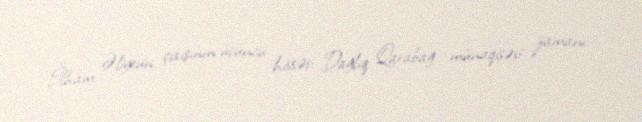
İlham Əliyevin çıxışının üçüncü hissəsi Dağlıq Qarabağ münaqişəsi zamanı